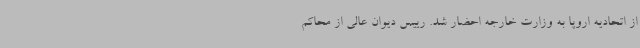
از اتحادیه اروپا به وزارت خارجه احضار شد. رییس دیوان عالی از محاکم